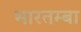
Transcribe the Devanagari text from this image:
भारतम्बा